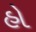
હો